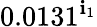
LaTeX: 0.0131^{\mathbf{i}_{1}}